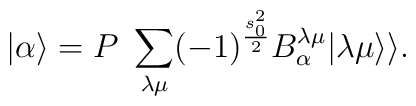
|\alpha\rangle= P \ \sum_{\lambda \mu} (-1)^{\frac{s_0^2}{2}} B_{\alpha}^{\lambda \mu} |\lambda \mu \rangle\rangle.